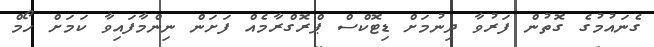
ގެނައުމުުގެ ގޮތުން ފަރުވާ ދިނުމަށް ޑިޓޮކްސް ޕްރޮގްރާމެއް ފަށަން ނިންމާފައިވާ ކަމަށް ހޯމް